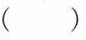
()